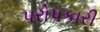
પરોપકારી